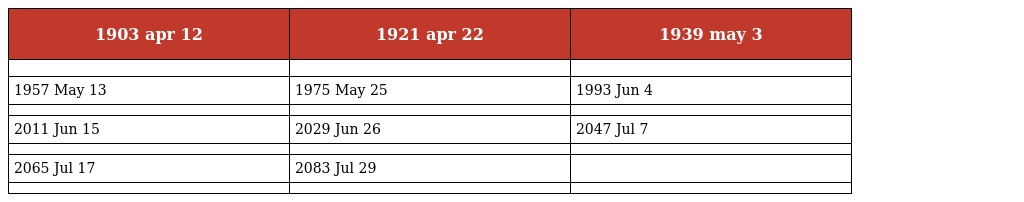
| 1903 apr 12 | 1921 apr 22 | 1939 may 3 |
 | --- | --- | --- |
 |  |  |  |
 | 1957 May 13 | 1975 May 25 | 1993 Jun 4 |
 |  |  |  |
 | 2011 Jun 15 | 2029 Jun 26 | 2047 Jul 7 |
 |  |  |  |
 | 2065 Jul 17 | 2083 Jul 29 |  |
 |  |  |  |